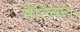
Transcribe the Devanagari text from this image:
मैल्विल